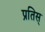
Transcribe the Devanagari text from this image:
प्रतिस्